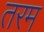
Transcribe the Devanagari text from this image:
तरम